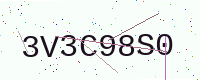
Text: 3V3C98S0